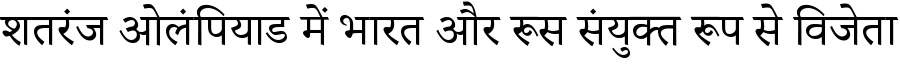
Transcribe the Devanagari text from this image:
शतरंज ओलंपियाड में भारत और रूस संयुक्त रूप से विजेता